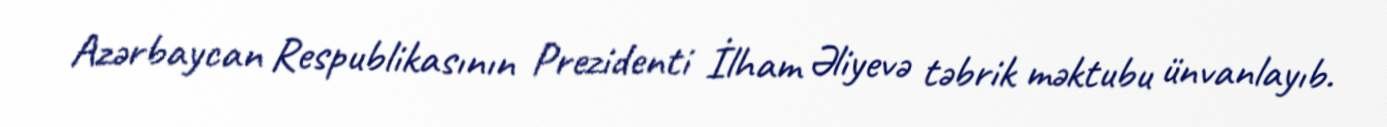
Azərbaycan Respublikasının Prezidenti İlham Əliyevə təbrik məktubu ünvanlayıb.